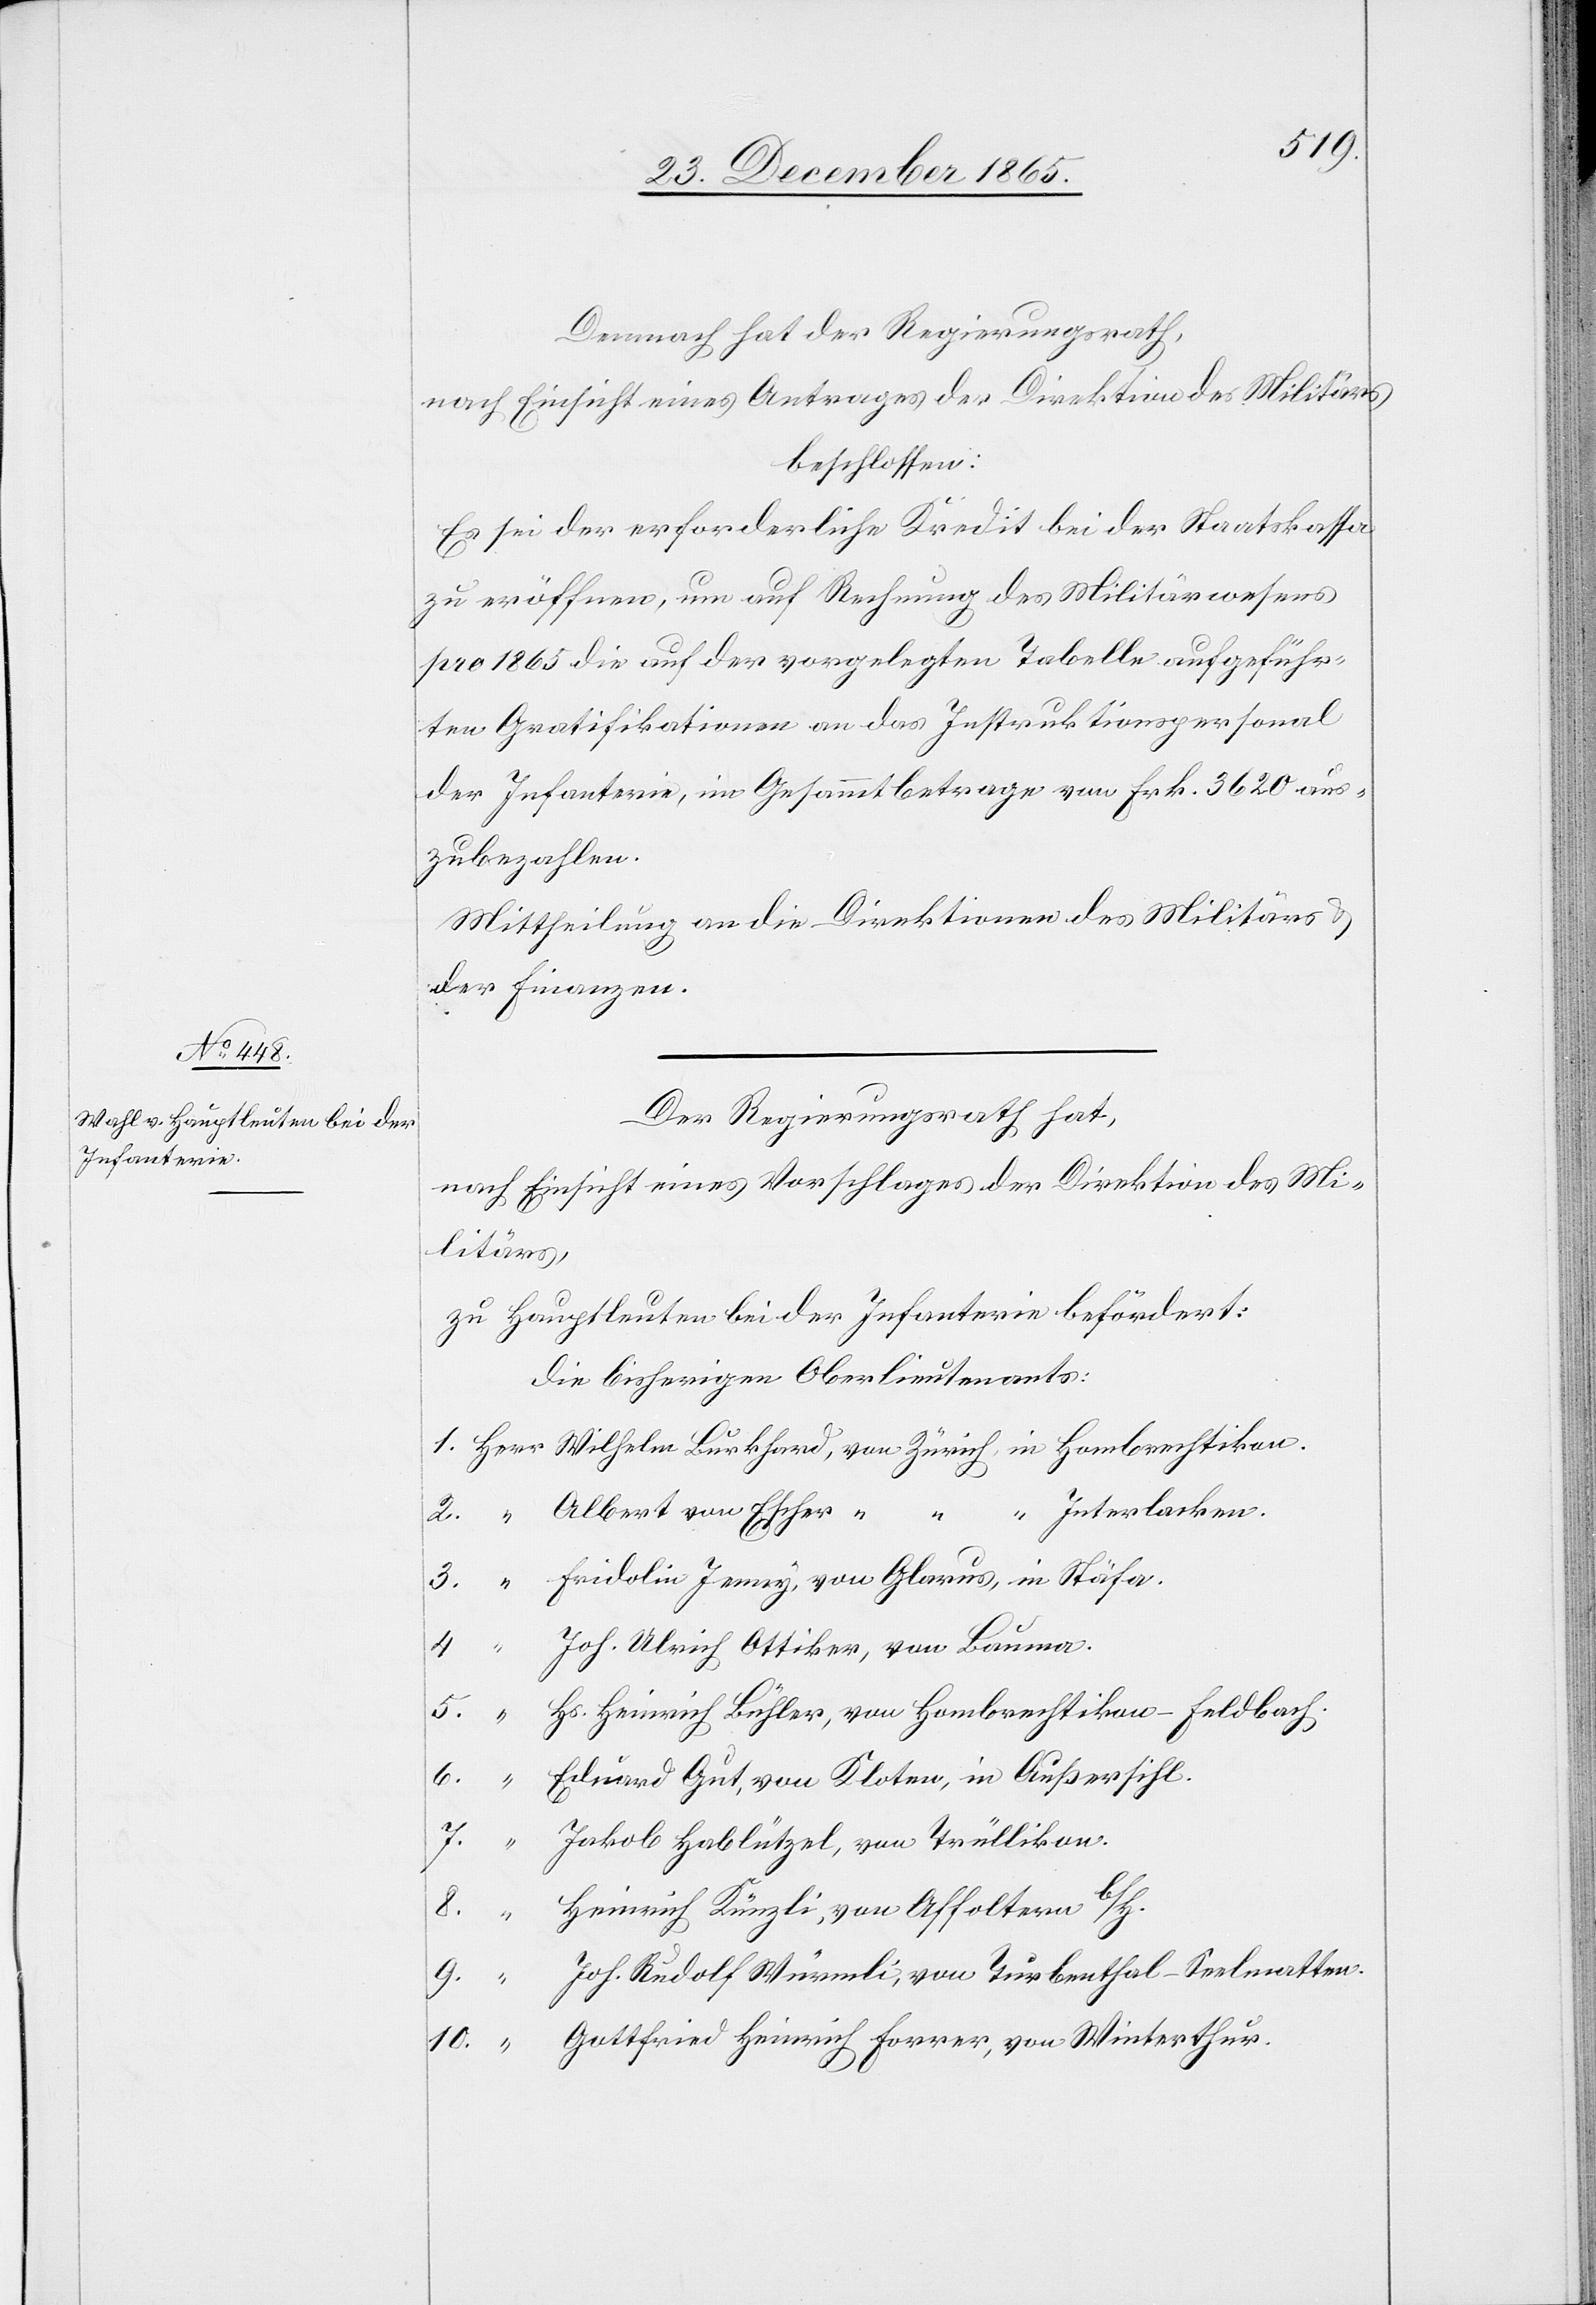
Demnach hat der Regierungsrath,
nach Einsicht eines Antrages der Direktion des Militärs
beschlossen:
Es sei der erforderliche Kredit bei der Staatskassa
zu eröffnen, um auf Rechnung des Militärwesens
pro 1865 die auf der vorgelegten Tabelle aufgeführ¬
ten Gratifikationen an das Instruktionspersonal
der Infanterie, im Gesammtbetrage von Frk. 3620 aus¬
zubezahlen.
Mittheilung an die Direktionen des Militärs &
der Finanzen.
Der Regierungsrath hat,
nach Einsicht eines Vorschlages der Direktion des Mi¬
litärs,
zu Hauptleuten bei der Infanterie befördert:
Die bisherigen Oberlieutnants:
“ Interlacken.
Albert von Escher, “
Joh. Ulrich Ottiker, von Bauma.
Hs. Heinrich Bühler, von Hombrechtikon - Feldbach.
Eduard Gut, von Kloten, in Außersihl.
7.
Jakob Hablützel, von Trüllikon.
Heinrich Künzli, von Affoltern b/H.
9.
Joh. Rudolf Würmli, von Turbenthal - Seelmatten.
Gottfried Heinrich Forrer, von Winterthur.
10.